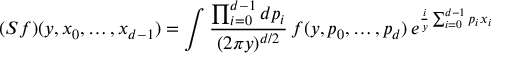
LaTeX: ( S f ) ( y , x _ { 0 } , \dots , x _ { d - 1 } ) = \int \frac { \prod _ { i = 0 } ^ { d - 1 } d p _ { i } } { ( 2 \pi y ) ^ { d / 2 } } \, f ( y , p _ { 0 } , \dots , p _ { d } ) \, e ^ { \frac { i } { y } \sum _ { i = 0 } ^ { d - 1 } p _ { i } x _ { i } }